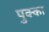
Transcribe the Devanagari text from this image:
पुक्का